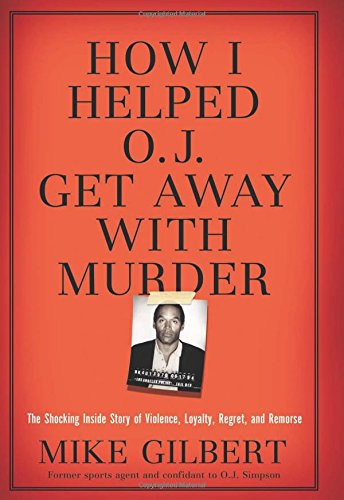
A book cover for How I Helped O.J. Get Away With Murder: The Shocking Inside Story of Violence, Loyalty, Regret, and Remorse; Mike Gilbert; Biographies & Memoirs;